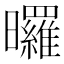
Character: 曪